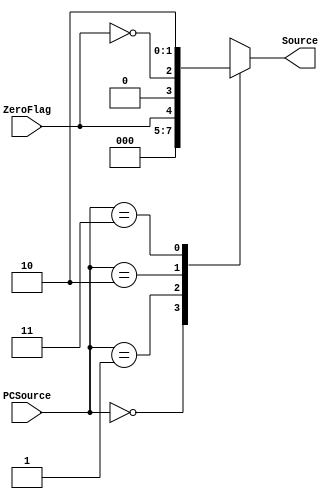
module PCControl (
    input wire [1:0] PCSource,
    input wire ZeroFlag,
    output reg [1:0] Source
);
    always @(*) begin
        case (PCSource)
            2'b00: Source <= 2'b00; // Incremento padro (PC + 4)
            2'b01: Source <= {1'b0, ZeroFlag}; // BEQ (Branch se igual)
            2'b10: Source <= {1'b0, !ZeroFlag}; // BNE (Branch se diferente)
            2'b11: Source <= 2'b10; // Jumps J e JAL (PC Sourcing)
        endcase
    end
endmodule